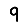
Digit: 9